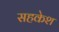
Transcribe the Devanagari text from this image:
सहकेश